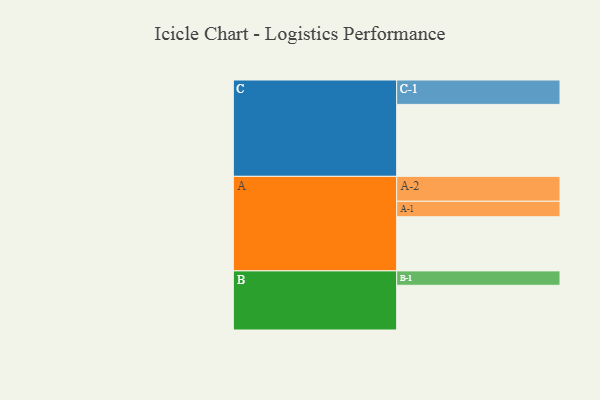
{"axis": {"x": "Segment", "y": "Value"}, "legend": ["", "A", "B", "C"], "data": [{"x": "A", "y": 413, "type": ""}, {"x": "B", "y": 341, "type": ""}, {"x": "C", "y": 549, "type": ""}, {"x": "A-1", "y": 118, "type": "A"}, {"x": "A-2", "y": 190, "type": "A"}, {"x": "B-1", "y": 110, "type": "B"}, {"x": "C-1", "y": 186, "type": "C"}]}